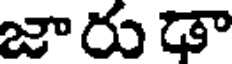
జారు డా